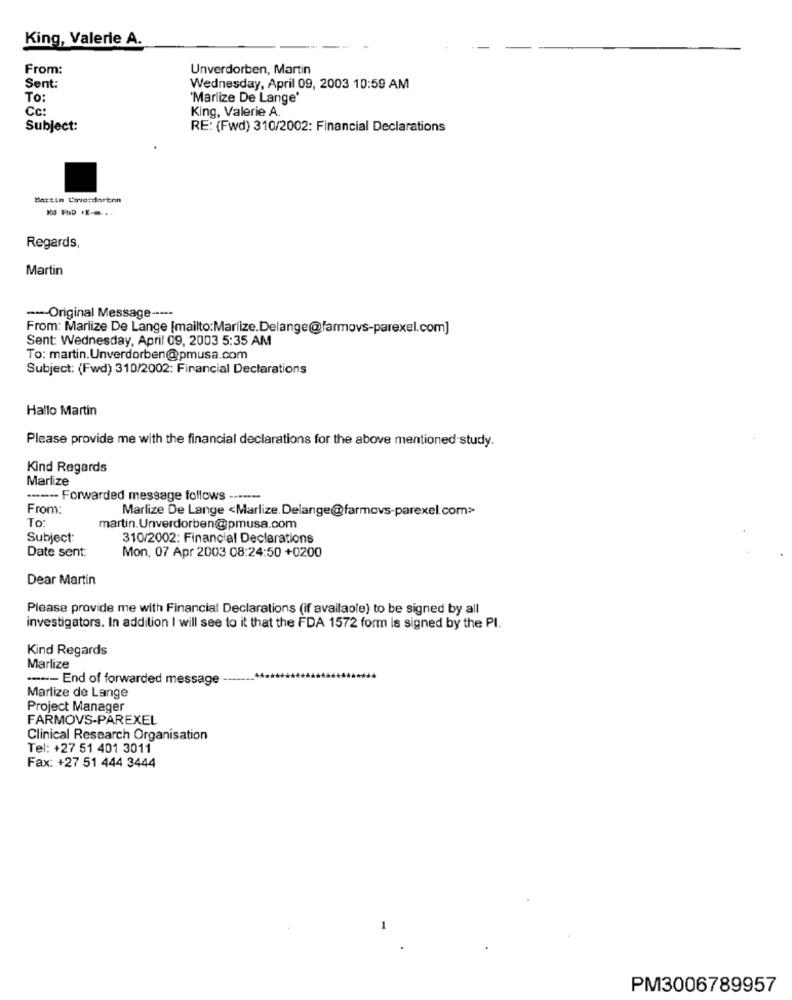
King, Valerie A.
From:
Unverdorben, Martin
Sent:
Wednesday, April 09, 2003 10:59 AM
To:
'Marlize De Lange'
Cc:
King, Valerie A.
Subject:
RE: (Fwd) 310/2002: Financial Declarations
Martin Cwverdorben
13 Php ..-...
Regards,
Martin
--- Original Message ----
From: Marlize De Lange [mailto:Marlize.Delange@farmovs-parexel.com]
Sent: Wednesday, April 09, 2003 5:35 AM
To: martin.Unverdorben@pmusa.com
Subject: (Fwd) 310/2002: Financial Declarations
Hallo Martin
Please provide me with the financial declarations for the above mentioned study.
Kind Regards
Marlize
----- Forwarded message follows -------
From:
Marlize De Lange <Marlize. Delange@farmovs-parexel.com>
To
martin.Unverdorben@pmusa.com
Subject:
310/2002: Financial Declarations
Date sent:
Mon, 07 Apr 2003 08:24:50 +0200
Dear Martin
Please provide me with Financial Declarations (if available) to be signed by all
investigators. In addition I will see to it that the FDA 1572 form is signed by the PI.
Kind Regards
Marlize
----- End of forwarded message -
Marlize de Lange
Project Manager
FARMOVS-PAREXEL
Clinical Research Organisation
Tel: +27 51 401 3011
Fax: +27 51 444 3444
PM3006789957